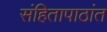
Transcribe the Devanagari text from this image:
संहितापाठांत